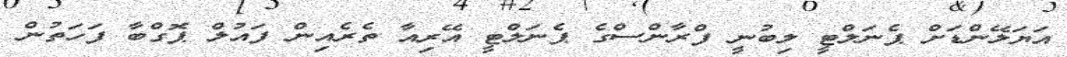
އަޔަލޭންޑަށް ޕެނަލްޓީ ލިބުނީ ފްރާންސްގެ ޕެނަލްޓީ އޭރިއާ ތެރެއިން ފައުލް ޕޮގްބާ ފަހަތުން